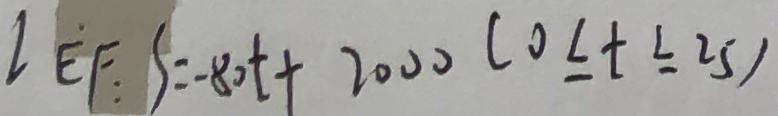
l E F : S = - 8 0 t + 2 0 0 0 ( 0 \leq t \leq 2 5 )